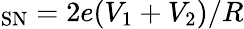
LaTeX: _{\mathrm{SN}}=2e(V_{1}+V_{2})/R